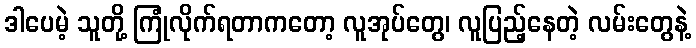
ဒါပေမဲ့ သူတို့ ကြုံလိုက်ရတာကတော့ လူအုပ်တွေ၊ လူပြည့်နေတဲ့ လမ်းတွေနဲ့